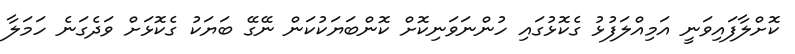
ކޮށްލާފައިވަނީ އަމިއްލަފުޅު ގެކޮޅުގައި ހުންނަވަނިކޮށް ކޮންބަޔަކުކަން ނޭގޭ ބަޔަކު ގެކޮޅަށް ވަދެގަނެ ހަމަލާ